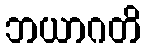
ဘယာဂတိ